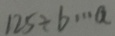
1 2 5 \div b \cdots a